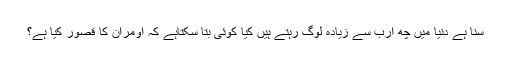
سنا ہے دنیا میں چھ ارب سے زیادہ لوگ رہتے ہیں کیا کوئی بتا سکتاہے کہ اومران کا قصور کیا ہے؟